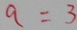
a = 3